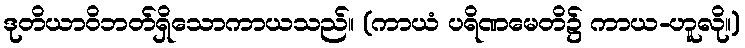
ဒုတိယာဝိဘတ်ရှိသောကာယသည်။ (ကာယံ ပရိဏမေတိ၌ ကာယ-ဟူလို။)